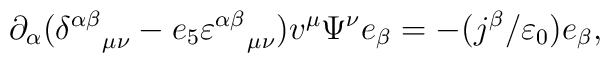
\partial _{\alpha }(\delta _{\quad \mu \nu }^{\alpha \beta}-e_{5}\varepsilon _{\quad \mu \nu }^{\alpha \beta })v^{\mu }\Psi ^{\nu}e_{\beta }=-(j^{\beta }/\varepsilon _{0})e_{\beta },